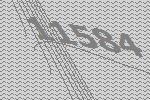
11584